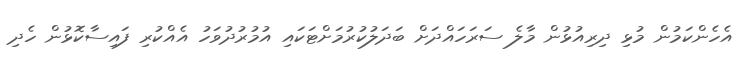
އެހެންކަމުން މުޅި ދިރިއުޅުން މާލެ ސަރަހައްދަށް ބަދަލުކުރުމަށްޓަކައި އުމުރުދުވަހު އެއްކުރި ފައިސާކޮޅުން ހެދި